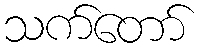
သက်တော်